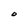
Character: O